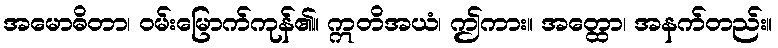
အမောဓိတာ၊ ဝမ်းမြောက်ကုန်၏။ ဣတိအယံ၊ ဤကား။ အတ္ထော၊ အနက်တည်း။